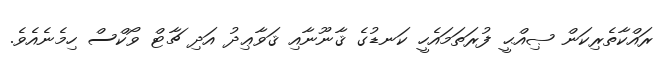
ރައްކާތެރިކަން ޞިއްޙީ ފުރަތަމައެހީ ކަނޑުގެ ޤާނޫނާއި ޤަވާޢިދު އަދި ޗާޓް ވޯކްސް ހިމެނެއެވެ.